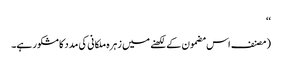
‘‘
(مصنف اس مضمون کے لکھنے میں زہرہ ملکانی کی مدد کا مشکور ہے۔